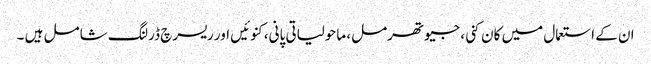
ان کے استعمال میں کان کنی، جیوتھرمل، ماحولیاتی پانی، کنوئیں اور ریسرچ ڈرلنگ شامل ہیں ۔